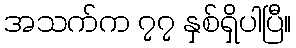
အသက်က ၇၇ နှစ်ရှိပါပြီ။